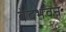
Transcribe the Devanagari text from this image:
वेदभवन